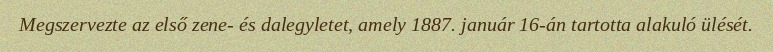
Megszervezte az első zene- és dalegyletet, amely 1887. január 16-án tartotta alakuló ülését.